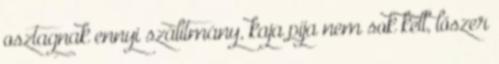
osztagnak ennyi szálítmány, kaja pija nem sok kell, lőszer